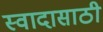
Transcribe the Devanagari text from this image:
स्वादासाठी